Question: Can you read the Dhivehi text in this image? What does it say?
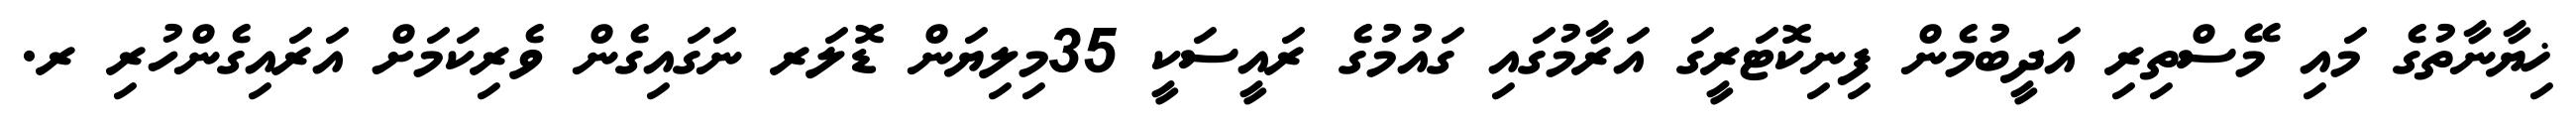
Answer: ޚިޔާނާތުގެ މައި މޭސްތިރި އަދީބުމެން ފިނިކޮޓަރީގަ އަރާމުގައި ގައުމުގެ ރައީސަކީ 35މިލިޔަން ޑޮލަރ ނަގައިގެން ވެރިކަމަށް އަރައިގެންހުރި ރ.